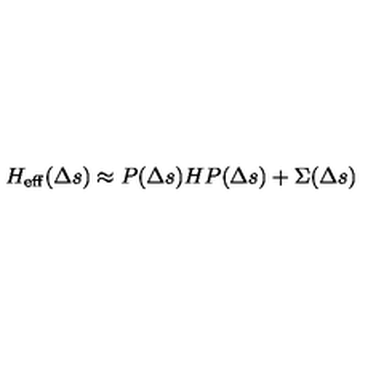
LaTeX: H _ { \mathrm { e f f } } ( \Delta s ) \approx P ( \Delta s ) H P ( \Delta s ) + \Sigma ( \Delta s )